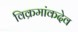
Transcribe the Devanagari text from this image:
विक्रमांकदेव